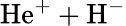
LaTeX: \mathrm{He^{+}+H^{-}}